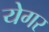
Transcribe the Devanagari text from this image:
येगर